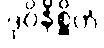
ဒုဝိနိစ္ဆိတံ